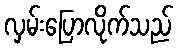
လှမ်းပြောလိုက်သည်